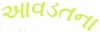
આવડતના